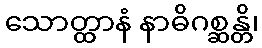
သောတ္ထာနံ နာဓိဂစ္ဆန္တိ၊